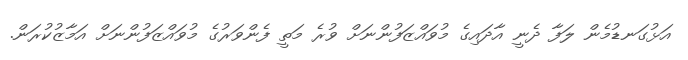
އަޅުގަނޑުމެން ލަފާ ދެނީ އާދައިގެ މުވައްޒަފުންނަށް ވުރެ މަތީ ފެންވަރުގެ މުވައްޒަފުންނަށް އަމާޒުކުރަން.